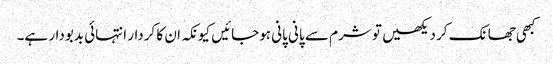
کبھی جھانک کر دیکھیں تو شرم سے پانی پانی ہوجائیں کیونکہ ان کا کردار انتہائی بدبودار ہے۔